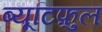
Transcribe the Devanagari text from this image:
ब्यूटिफ़ुल